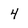
Character: 4